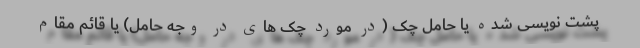
پشت نویسی شده یا حامل چک (در مورد چک های در وجه حامل) یا قائم مقام